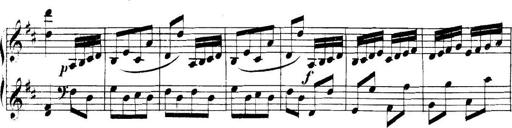
Title: Collected Piano Sonatas
Composer: Muzio Clementi